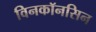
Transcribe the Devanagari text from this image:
विनकॉनसिन